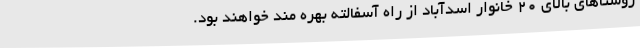
روستاهای بالای 20 خانوار اسدآباد از راه آسفالته بهره مند خواهند بود.